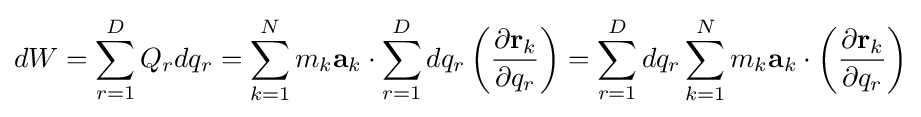
dW=\sum _{r=1}^{D}Q_{r}dq_{r}=\sum _{k=1}^{N}m_{k}\mathbf {a} _{k}\cdot \sum _{r=1}^{D}dq_{r}\left({\frac {\partial \mathbf {r} _{k}}{\partial q_{r}}}\right)=\sum _{r=1}^{D}dq_{r}\sum _{k=1}^{N}m_{k}\mathbf {a} _{k}\cdot \left({\frac {\partial \mathbf {r} _{k}}{\partial q_{r}}}\right)